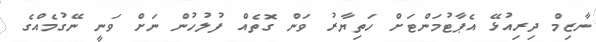
ނާޒިމް ދިރިއުޅޭ އެޕާޓުމަންޓަށް ހަތިޔާރު ވަން ގޮތެއް ފުލުހުން ނަށް ވަނީ ނޭގުމެއްގެ